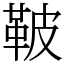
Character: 鞁